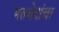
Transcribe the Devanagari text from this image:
मतभेदांचा